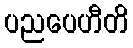
ပညပေဟီတိ